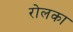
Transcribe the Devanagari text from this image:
रोलका